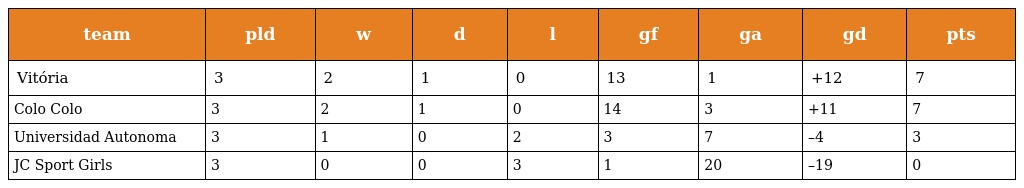
| team | pld | w | d | l | gf | ga | gd | pts |
 | --- | --- | --- | --- | --- | --- | --- | --- | --- |
 | Vitória | 3 | 2 | 1 | 0 | 13 | 1 | +12 | 7 |
 | Colo Colo | 3 | 2 | 1 | 0 | 14 | 3 | +11 | 7 |
 | Universidad Autonoma | 3 | 1 | 0 | 2 | 3 | 7 | –4 | 3 |
 | JC Sport Girls | 3 | 0 | 0 | 3 | 1 | 20 | –19 | 0 |